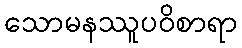
သောမနဿူပဝိစာရာ